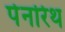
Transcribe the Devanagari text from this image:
पेनरिथ